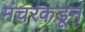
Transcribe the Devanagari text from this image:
मंचरकडून